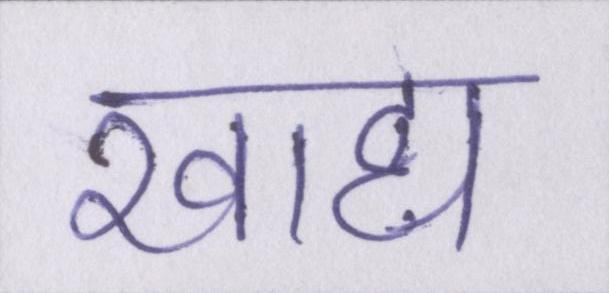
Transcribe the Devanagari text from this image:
खाद्य